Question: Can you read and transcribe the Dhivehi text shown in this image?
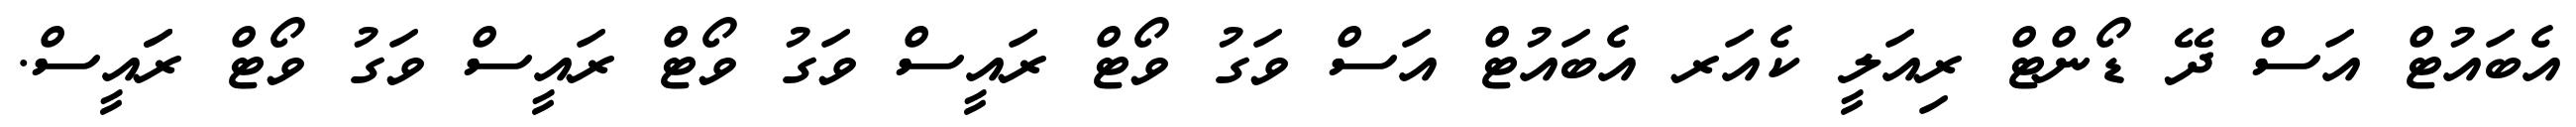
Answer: އެބައުޓް އަސް ދޭ ޑޯންޓް ރިއަލީ ކެއަރ އެބައުޓް އަސް ވަގު ވޯޓް ރައީސް ވަގު ވޯޓް ރައީސް ވަގު ވޯޓް ރަައީސް.